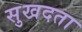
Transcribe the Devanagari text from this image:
सुखदता